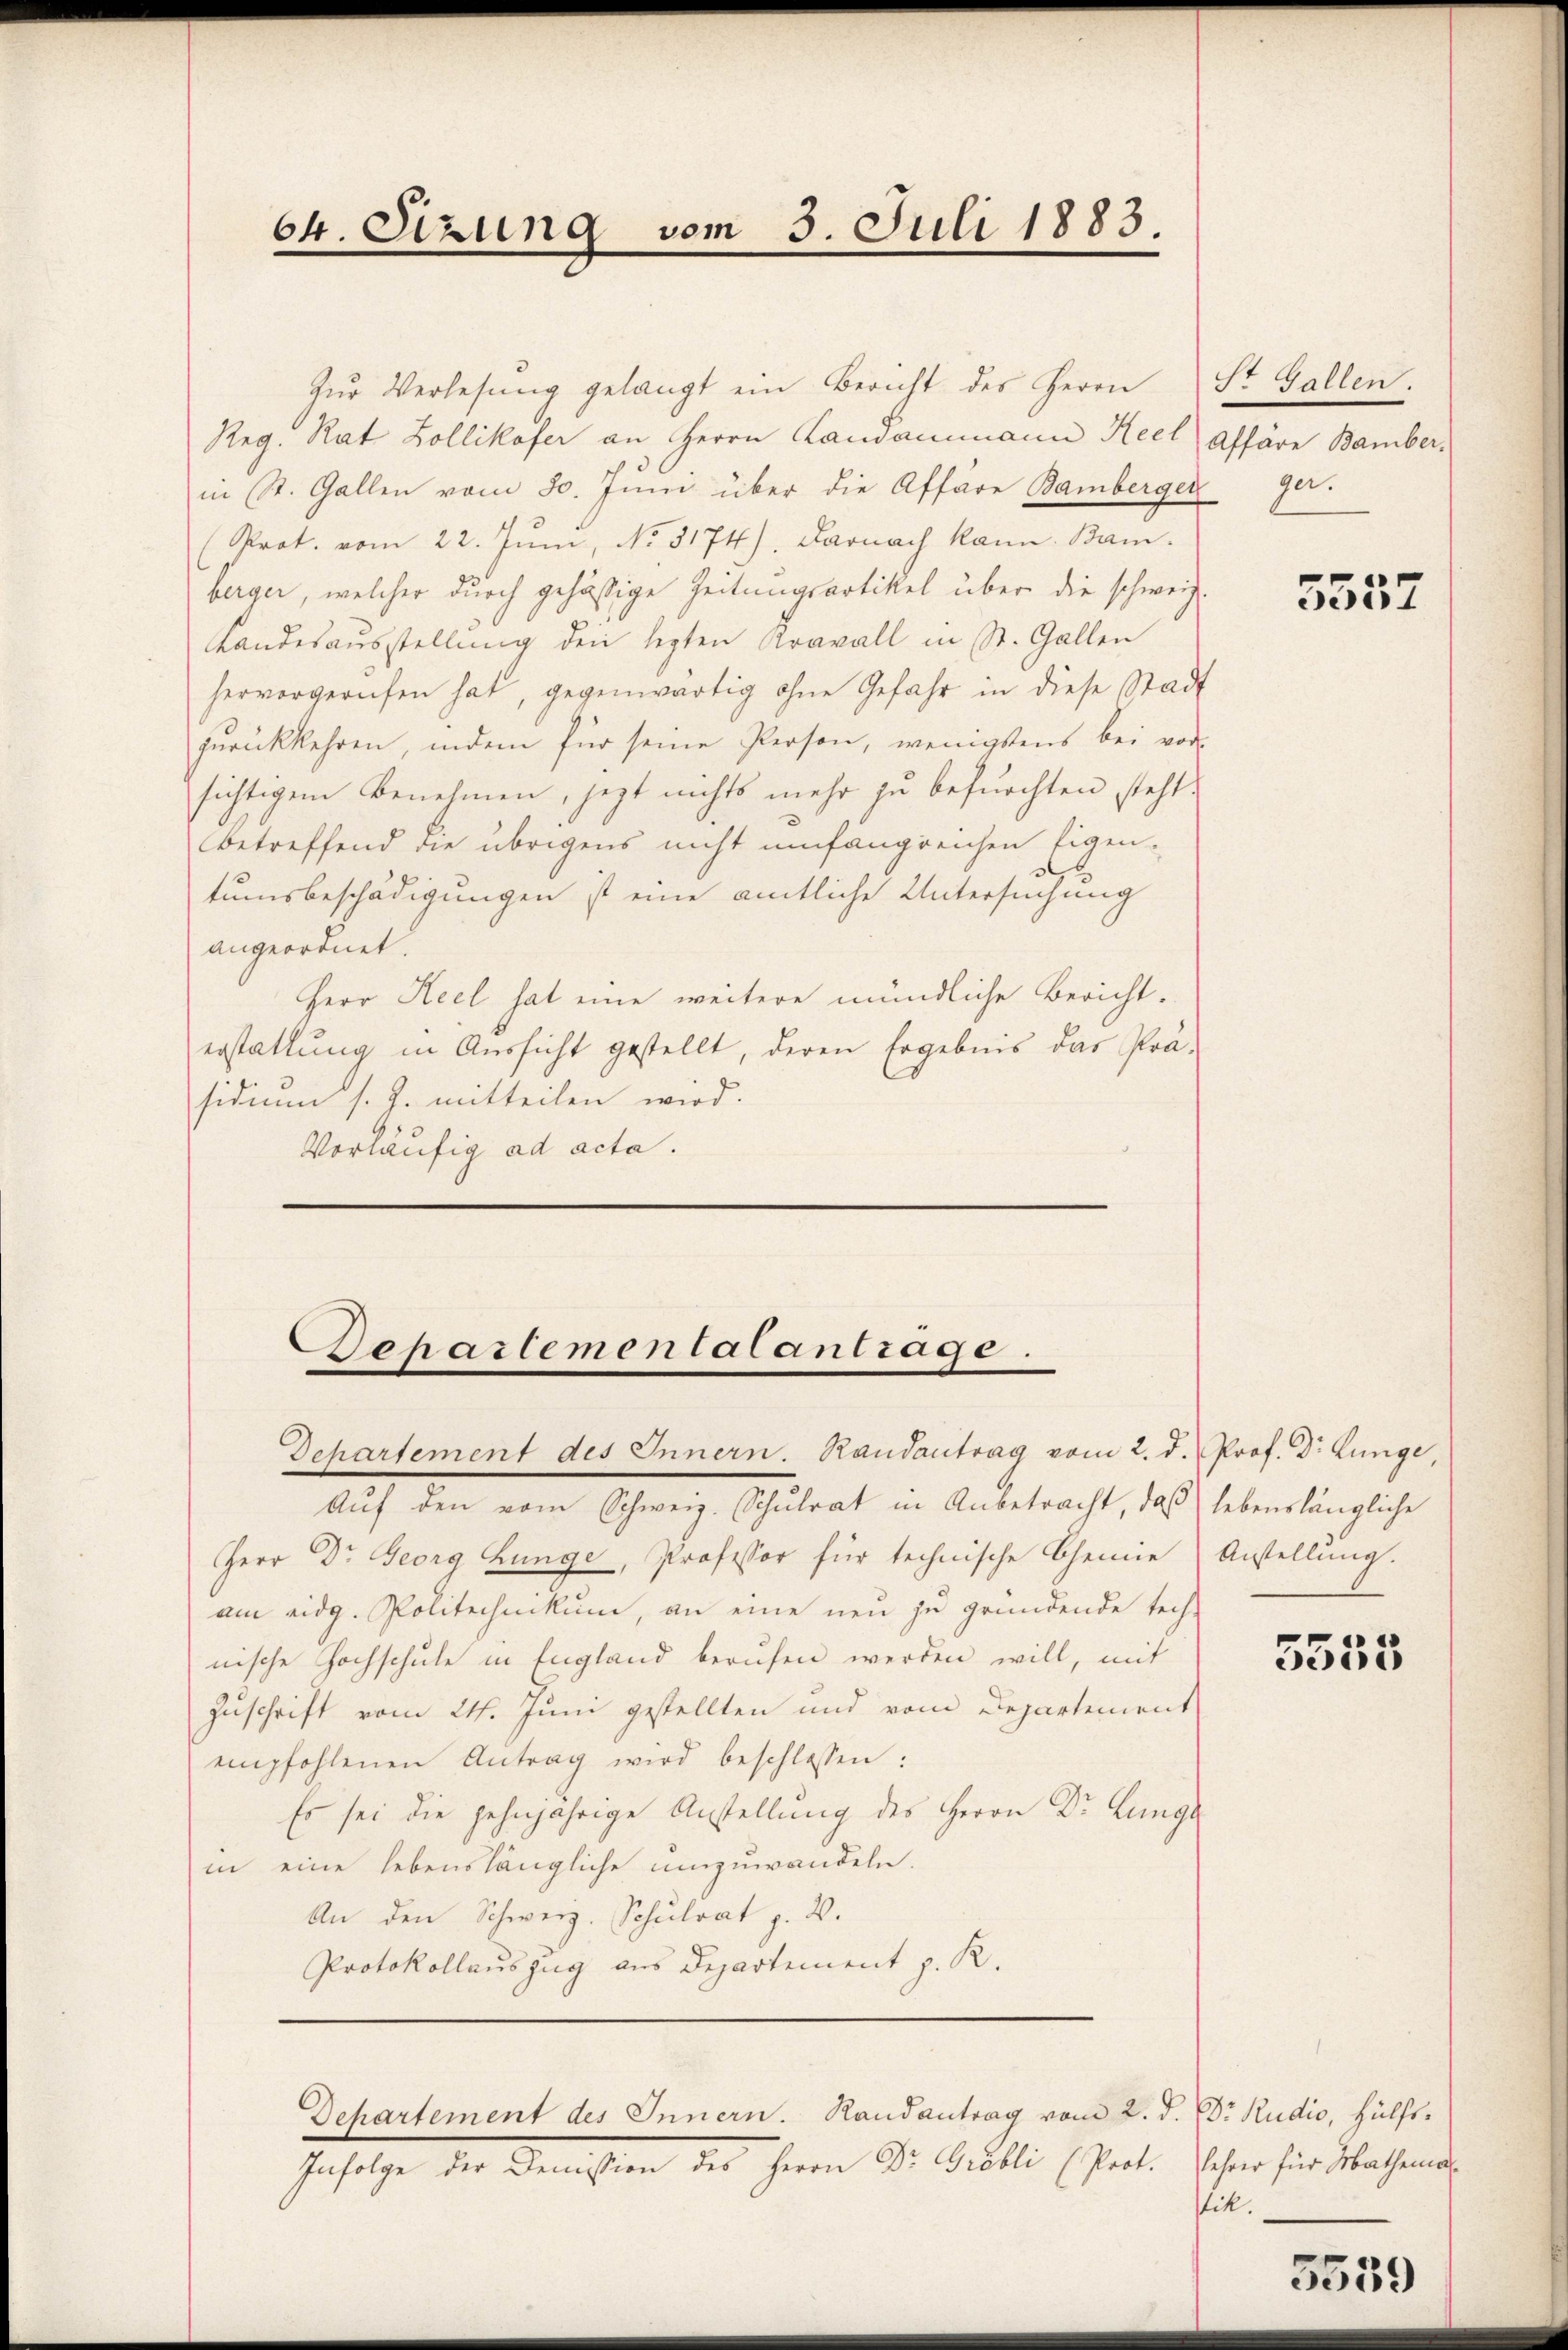
64. Sizung vom 3. Juli 1883.

Zŭr Verlesung gelangt ein Bericht des Herrn St. Gallen.
Reg. Rat Zollikofer an Herrn Landammann Keel Affäre Bamber-
in St. Gallen vom 30. Jŭni über die Affare Bambergerger.
Prot. vom 22. Juni, No. 5174) Darnach kann. Bam
herger, welcher durch gehäßige Zeitungsartikel über die schweiz.
Landesaŭsstellŭng den lezten Kravall in St. Gallen
hervorgerufen hat, gegenwärtig ohne Gefahr in diese Stadt
zŭrückkehren, indem für seine Person, wenigstens bei vor
sichtigem Benehmen, jezt nichts mehr zu befürchten steht.
betreffend die übrigens nicht umfangreichen Eigen-
tumsbeschädigungen ist eine amtliche Untersuchung
angeordnet.
Herr Heel hat eine weitere mündliche Bericht-
erstattung in Aussicht gestellt, deren Ergebnis das Prä-
sidium s. Z. mitteilen wird.
Vorläufig ad acta.

Departementalantrage.

Aŭf den vom Schweiz. Schulrat in Anbetracht, daß lebenslängliche
Herr Dr. Georg Lunge, Professor für technische Chemie Anstellung.
am eidg. Politechnikum, an eine neu zu gründende tech-
nische Hochschule in England berufen werden will, mit
Zuschrift vom 24. Juni gestellten und vom Departement
empfohlenen Antrag wird beschlossen:
Es sei die zehnjährige Anstellung des Herrn Dr. Lunge
in eine lebenslängliche umzuwandeln.
An den Schwerz. Schulrat p. 2.
Protokollauszug aus Departement z. R.
Departement des Innern. Randantrag vom 2. d. Dr. Rudio, Hülfs¬
Infolge der Demission des Herrn Dr. Gröbli (Prot. Lehrer für Mathema

Departement des Innern. Randantrag vom 2. d. Prof. Dr Lunge,

5537

5555

tik.

5559